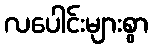
လပေါင်းများစွာ